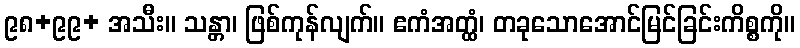
၉၈+၉၉+ အသီး။ သန္တာ၊ ဖြစ်ကုန်လျက်။ ဧကံအတ္ထံ၊ တခုသောအောင်မြင်ခြင်းကိစ္စကို။